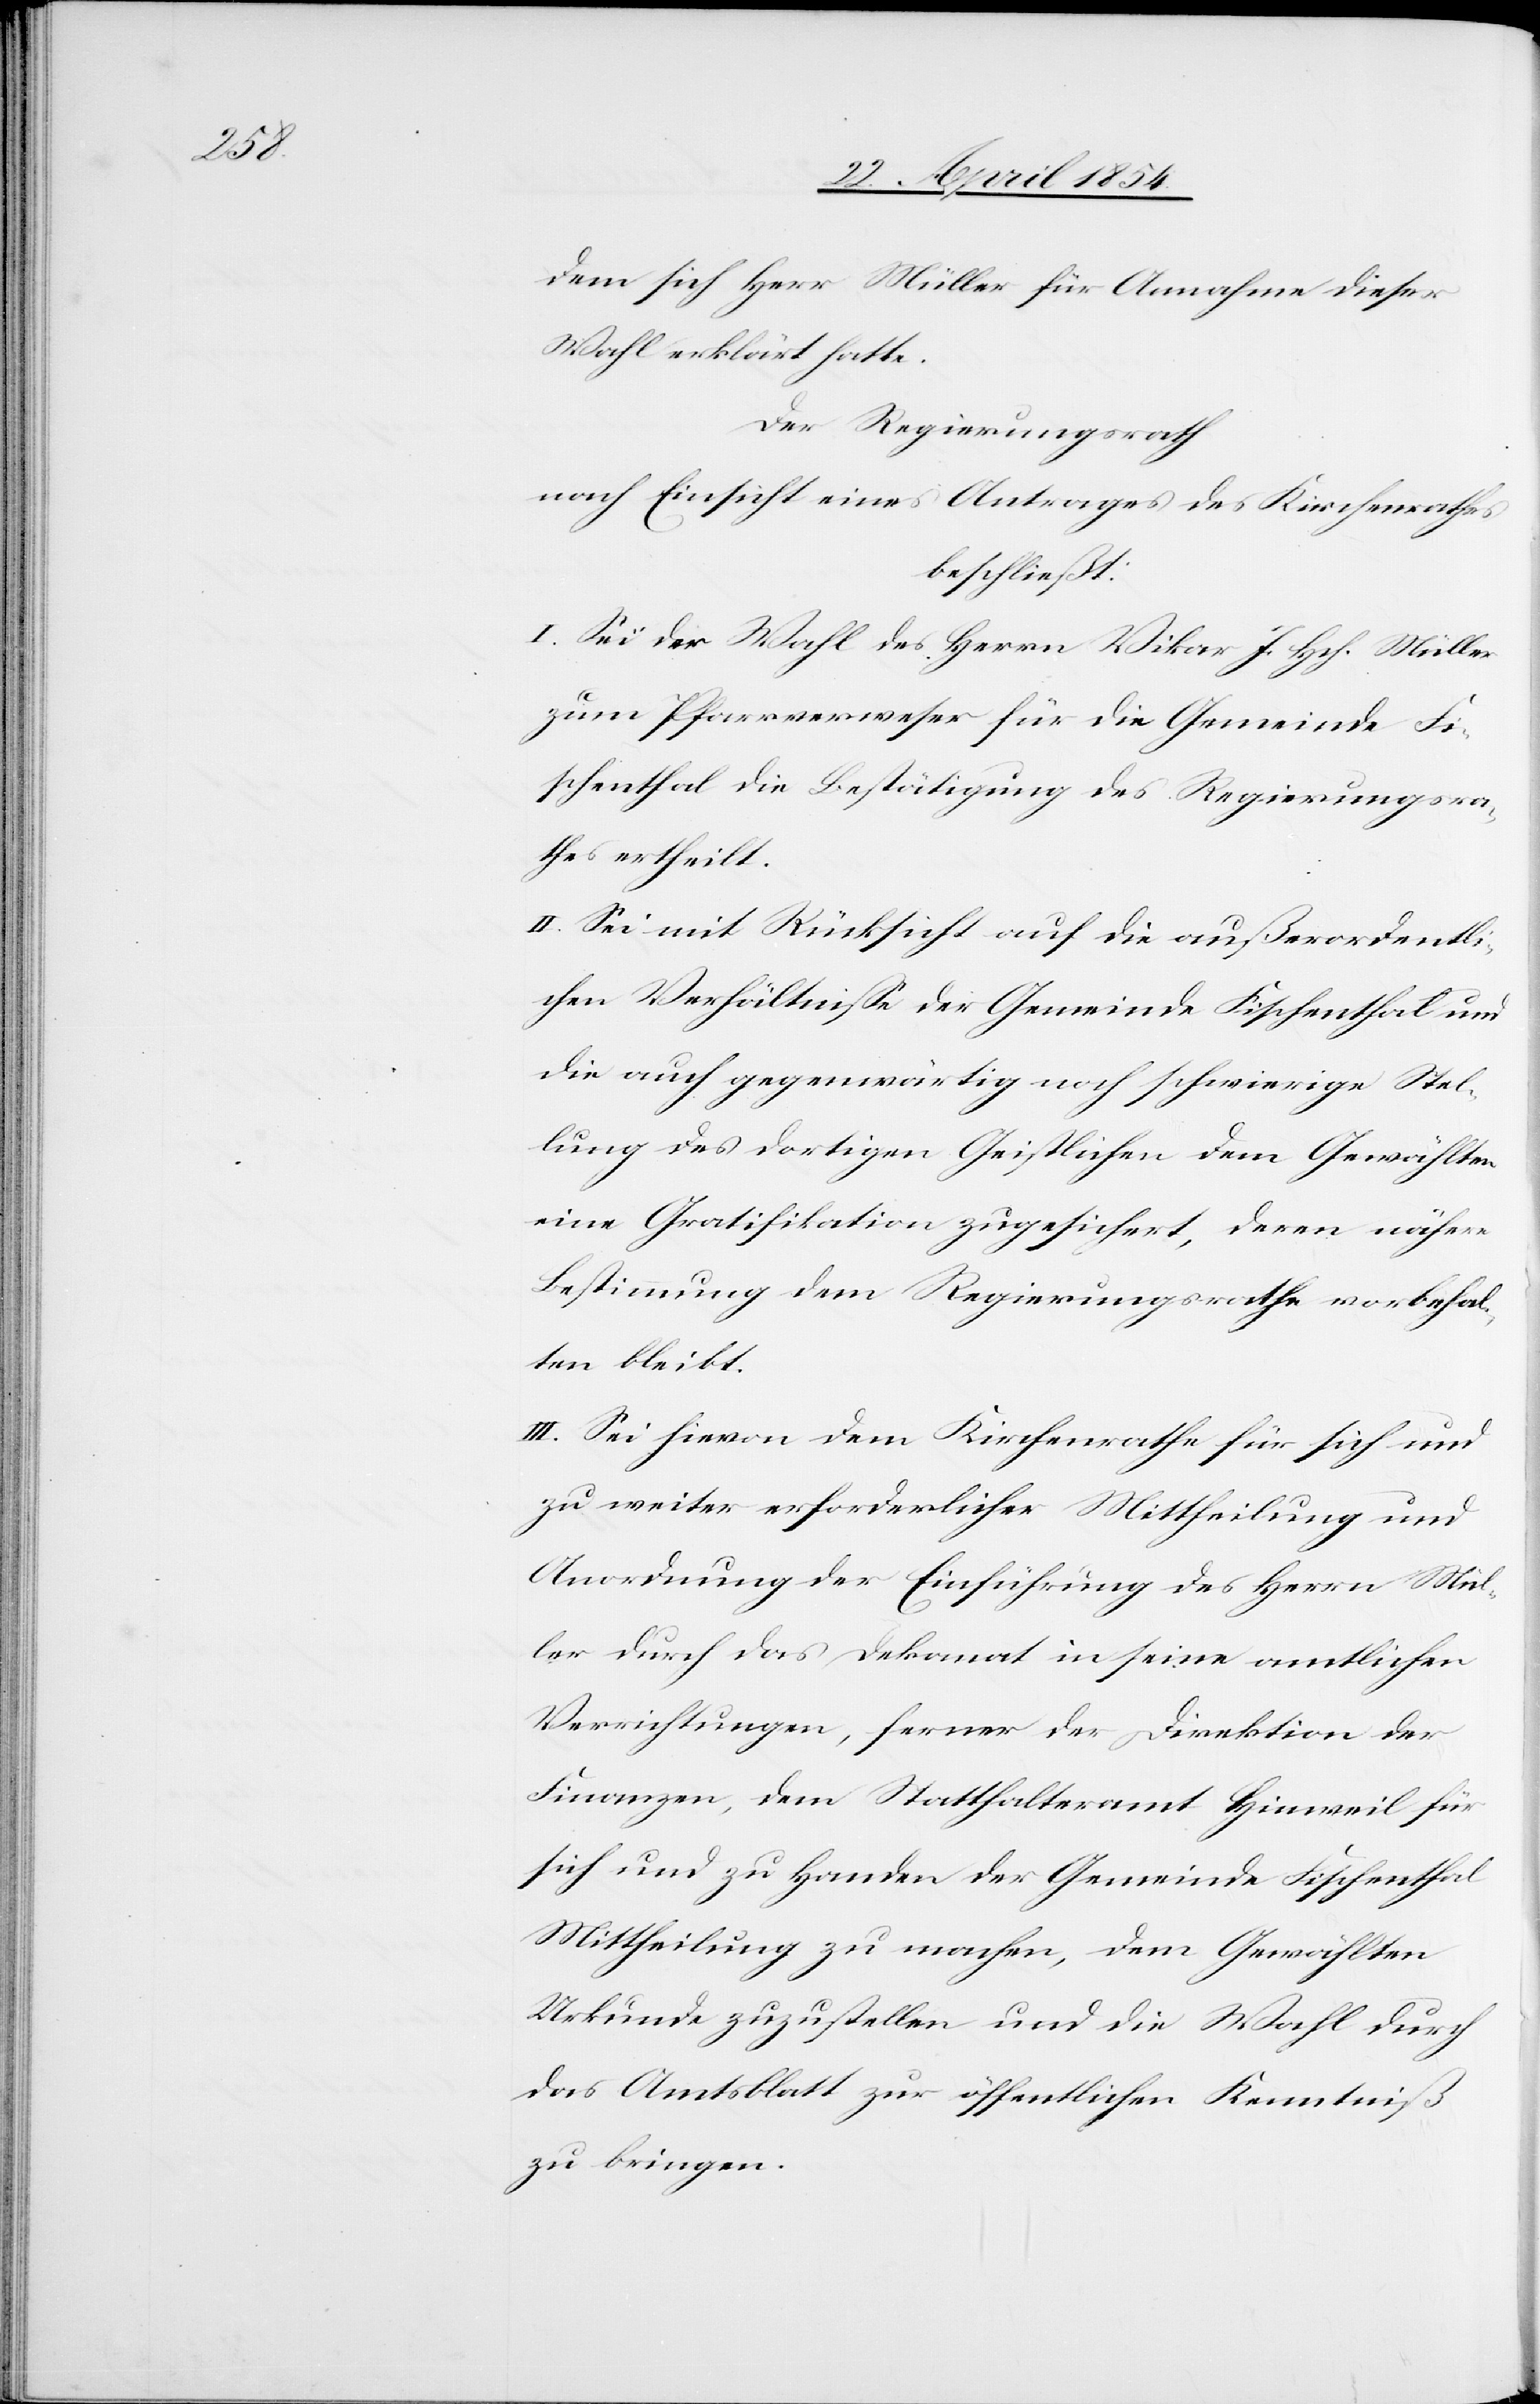
dem sich Herr Müller für Annahme dieser
Wahl erklärt hatte.
Der Regierungsrath
nach Einsicht eines Antrages des Kirchenrathes
beschließt:
I. Sei der Wahl des Herrn Vikar J. Hch. Müller
zum Pfarrverweser für die Gemeinde Fi¬
schenthal die Bestätigung des Regierungsra¬
thes ertheilt.
II. Sei mit Rücksicht auf die außerordentli¬
chen Verhältniße der Gemeinde Fischenthal und
die auch gegenwärtig noch schwierige Stel¬
lung des dortigen Geistlichen dem Gewählten
eine Gratifikation zugesichert, deren nähere
Bestimmung dem Regierungsrathe vorbehal¬
ten bleibt.
III. Sei hievon dem Kirchenrathe für sich und
zu weiter erforderlicher Mittheilung und
Anordnung der Einführung des Herrn Mül¬
ler durch das Dekanat in seine amtlichen
Verrichtungen, ferner der Direktion der
Finanzen, dem Statthalteramt Hinweil für
sich und zu Handen der Gemeinde Fischenthal
Mittheilung zu machen, dem Gewählten
Urkunde zuzustellen und die Wahl durch
das Amtsblatt zur öffentlichen Kenntniß
zu bringen.